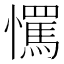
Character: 𢤇